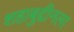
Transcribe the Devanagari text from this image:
शहाबुद्दीनला